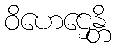
ဝိဟေဌေန္တိ